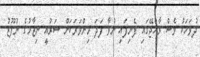
ދުވަހަކު ވެސް ރާއްޖޭގައި ފެނިފައި ނުވާ ފަދަ މިންވަރަކަށް ޝަރުއީ ނިޒާމުގެ ނުފޫޒު